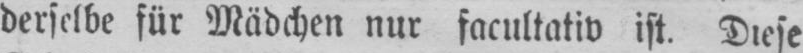
derselbe für Mädchen nur facultativ ist. Diese